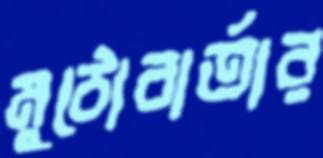
মুঠোবার্তার